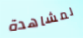
لمشاهدة